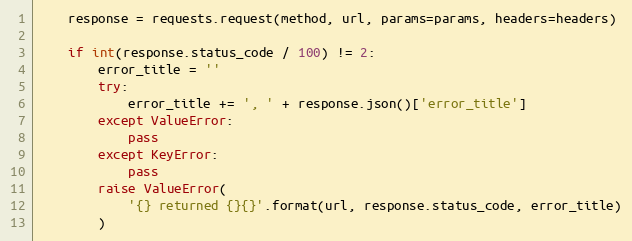
Language: Python
    response = requests.request(method, url, params=params, headers=headers)

    if int(response.status_code / 100) != 2:
        error_title = ''
        try:
            error_title += ', ' + response.json()['error_title']
        except ValueError:
            pass
        except KeyError:
            pass
        raise ValueError(
            '{} returned {}{}'.format(url, response.status_code, error_title)
        )